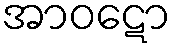
အာဝဋော